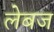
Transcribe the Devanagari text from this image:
लेबज